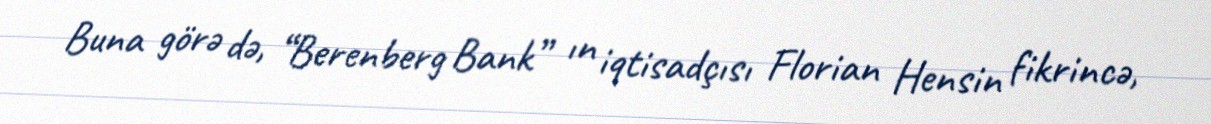
Buna görə də, “Berenberg Bank” ın iqtisadçısı Florian Hensin fikrincə,